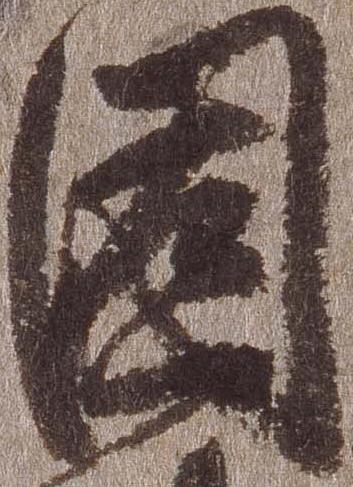
固